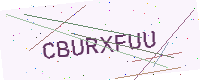
Text: CBURXFUU